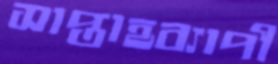
সাপ্তাহব্যাপী